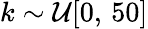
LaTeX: k\sim\mathcal{U}[0,\, 50]